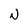
Character: N